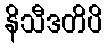
နိသီဒတိပိ